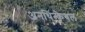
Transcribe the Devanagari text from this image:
अनथिन्केबल